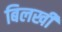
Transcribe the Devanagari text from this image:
बिलखी